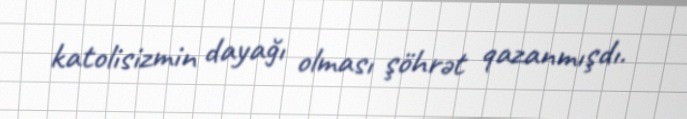
katolisizmin dayağı olması şöhrət qazanmışdı.